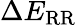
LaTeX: \Delta E_{\mathrm{RR}}